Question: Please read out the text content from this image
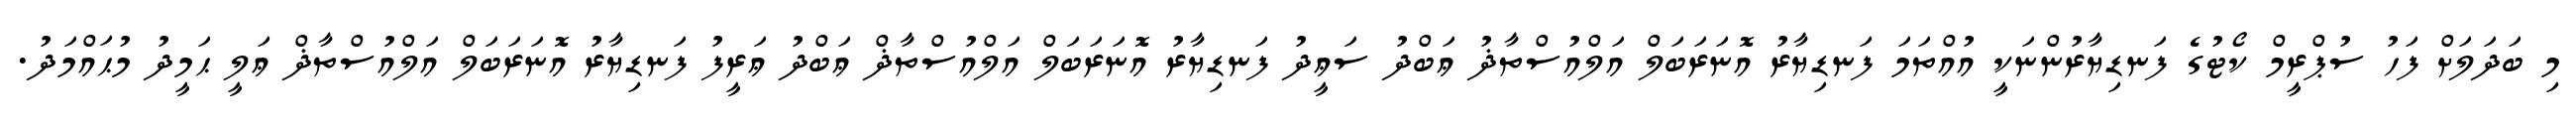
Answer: މި ބަދަލަށް ފަހު ސުޕްރީމް ކޯޓުގެ ފަނޑިޔާރުންނަކީ އުއްތަމަ ފަނޑިޔާރު އޮނަރަބަލް އަލްއުސްތާޛު ޢަބްދު ސަޢީދު ފަނޑިޔާރު އޮނަރަބަލް އަލްއުސްތާޛް ޢަބްދު ޢަރީފު ފަނޑިޔާރު އޮނަރަބަލް އަލްއުސްތާޛް ޢަލީ ޙަމީދު މުޙައްމަދު.